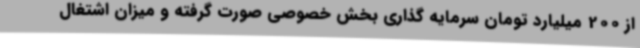
از 200 میلیارد تومان سرمایه گذاری بخش خصوصی صورت گرفته و میزان اشتغال